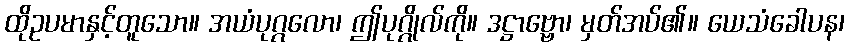
ထိုဥပမာနှင့်တူသော။ အယံပုဂ္ဂလော၊ ဤပုဂ္ဂိုလ်ကို။ ဒဋ္ဌာဗ္ဗော၊ မှတ်အပ်၏။ ယေသံခေါပန၊